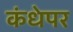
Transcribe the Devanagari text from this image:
कंधेपर